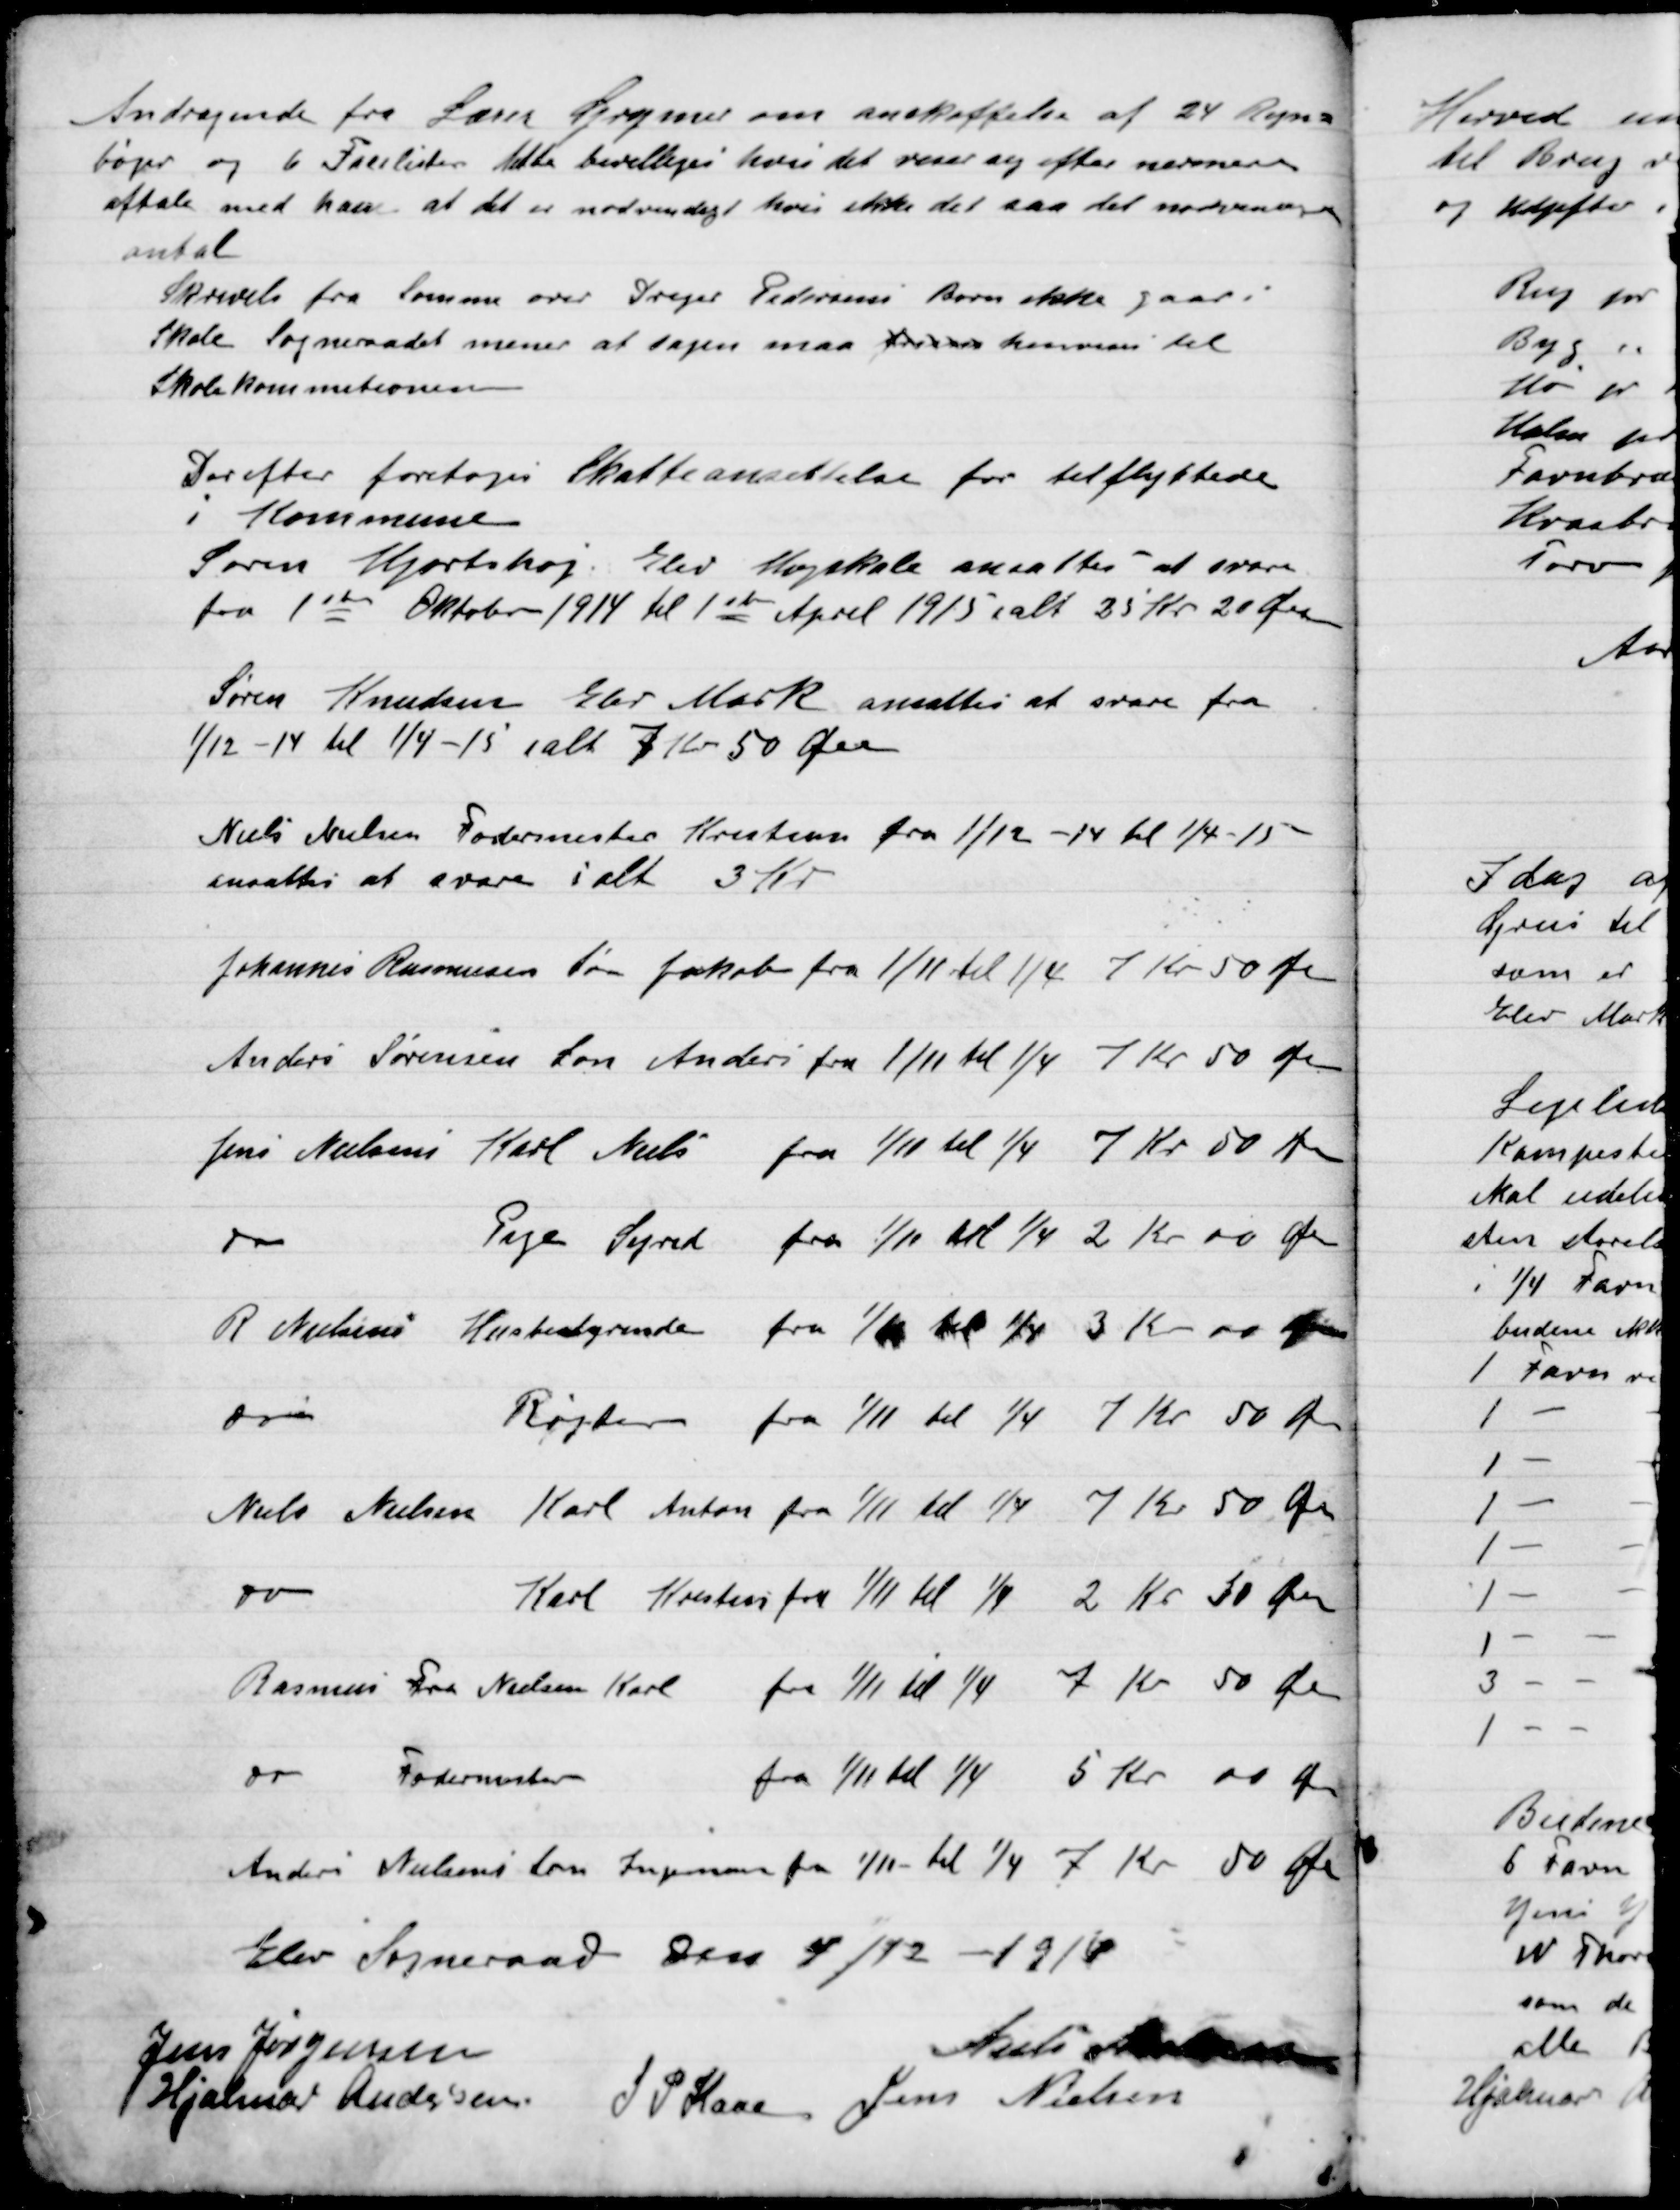
Transskription:
Andragende fra Lærer Gunner om anskaffelse af 24 rejse-
bøger og 6 facelister blev bevilliges hvori det viser sig efter nærmere
aftale med ham at det er nødvendigt hvori ikke det saa det nødvendig
antal.
Skrivelse fra Sørensen over Drejer Pedersen som ikke gaar i
Skole Sogneraadet mener at sagen maa  komme til
Skolekommissionen

Derefter foretoges Skatteansættelse for tilflyttede
i Kommunen.
Søren Hjortshøj Elev Højskole ansattes at svare
Fra 1ste Oktober 1914 til 1ste April 1915 i alt 25 Kr. 20 Øre
Søren Knudsen Elev Mark ansattes at svare fra
1/12-14 til 1/4-15 i alt 7 Kr. 50 Øre
Niels Nielsen Fodermester Kresten fra 1/12 – 14  til ¼  - 15
Ansattes at svare i alt 3 Kr.
Johannes Rasmussens Søn Jakob fra 1/11 til ¼ 7 Kr. 50 Øre
Anders Sørensens Søn Anders fra 1/11 til ¼ 7 Kr. 50 Øre
Jens Nielsens Karl Niels fra 1/11 til ¼ 7 Kr. 50 Øre
Do – Pige Sejved fra 1/11 til ¼ 2 Kr. 00 Øre
R. Nielsen Husbestyrerinde fra 1/11 til ¼ 3 Kr. 00 Øre
Do - 	Røgter fra 1/11 til ¼ 7 Kr. 50 Øre
Niels Nielsen Karl Anton fra 1/11 til ¼ 7 Kr. 50 Øre  -
Do – Karl Kresten fra 1/11 til 1/4 2 Kr. 50 Øre
Rasmus Faa Nielsens Karl fra 1/11 til ¼ 7 Kr. 50 Øre
Do - Fodermester fra 1/11 til ¼ 5 Kr. 00 Øre
Anders Nielsens Søn Ingeman fra 1/11 til ¼ 7 Kr. 50 Øre

Elev Sogneraad Den 4/12-1916

Jens Jørgensen
Niels Andersen
Hjalmar Andersen
S. P. Kaas
Jens Nielsen